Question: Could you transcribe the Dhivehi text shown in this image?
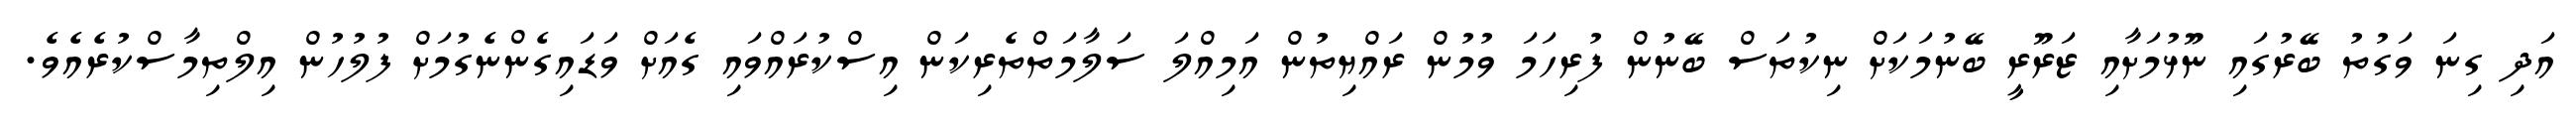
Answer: އަދި ގިނަ ވަގުތު ބޭރުގައި ނޫޅުމަށާއި ޒަރޫރީ ބޭނުމަކަށް ނިކުތަސް ބޭނުން ފުރިހަމަ ވުމުން ރައްޔިތުން އަމިއްލަ ސަލާމަތްތެރިކަން އިސްކުރައްވައި ގެއަށް ވަޑައިގެންނެގުމަށް ފުލުހުން އިލްތިމާސްކުރެއެވެ.